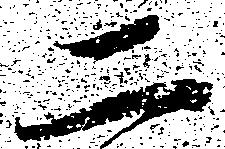
二